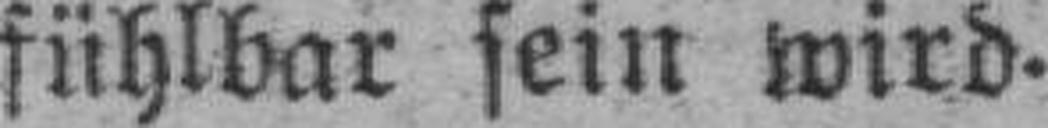
fühlbar sein wird.